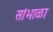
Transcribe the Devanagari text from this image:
सांभाळा